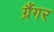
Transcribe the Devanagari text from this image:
ग्रैंगर